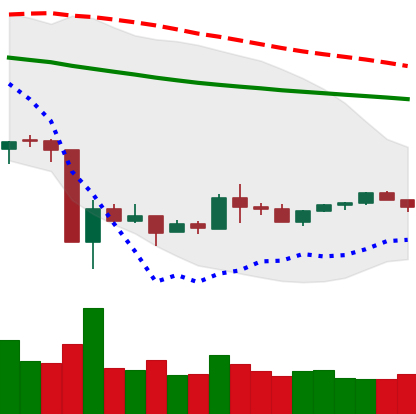
Ticker: XLM-USD
Chart end date: 2020-03-28
Forward return: 3.371%
Label: up_3_5